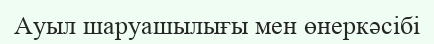
Ауыл шаруашылығы мен өнеркәсібі